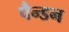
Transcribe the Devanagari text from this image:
पैन्डन